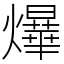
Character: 爗